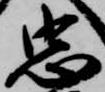
忠